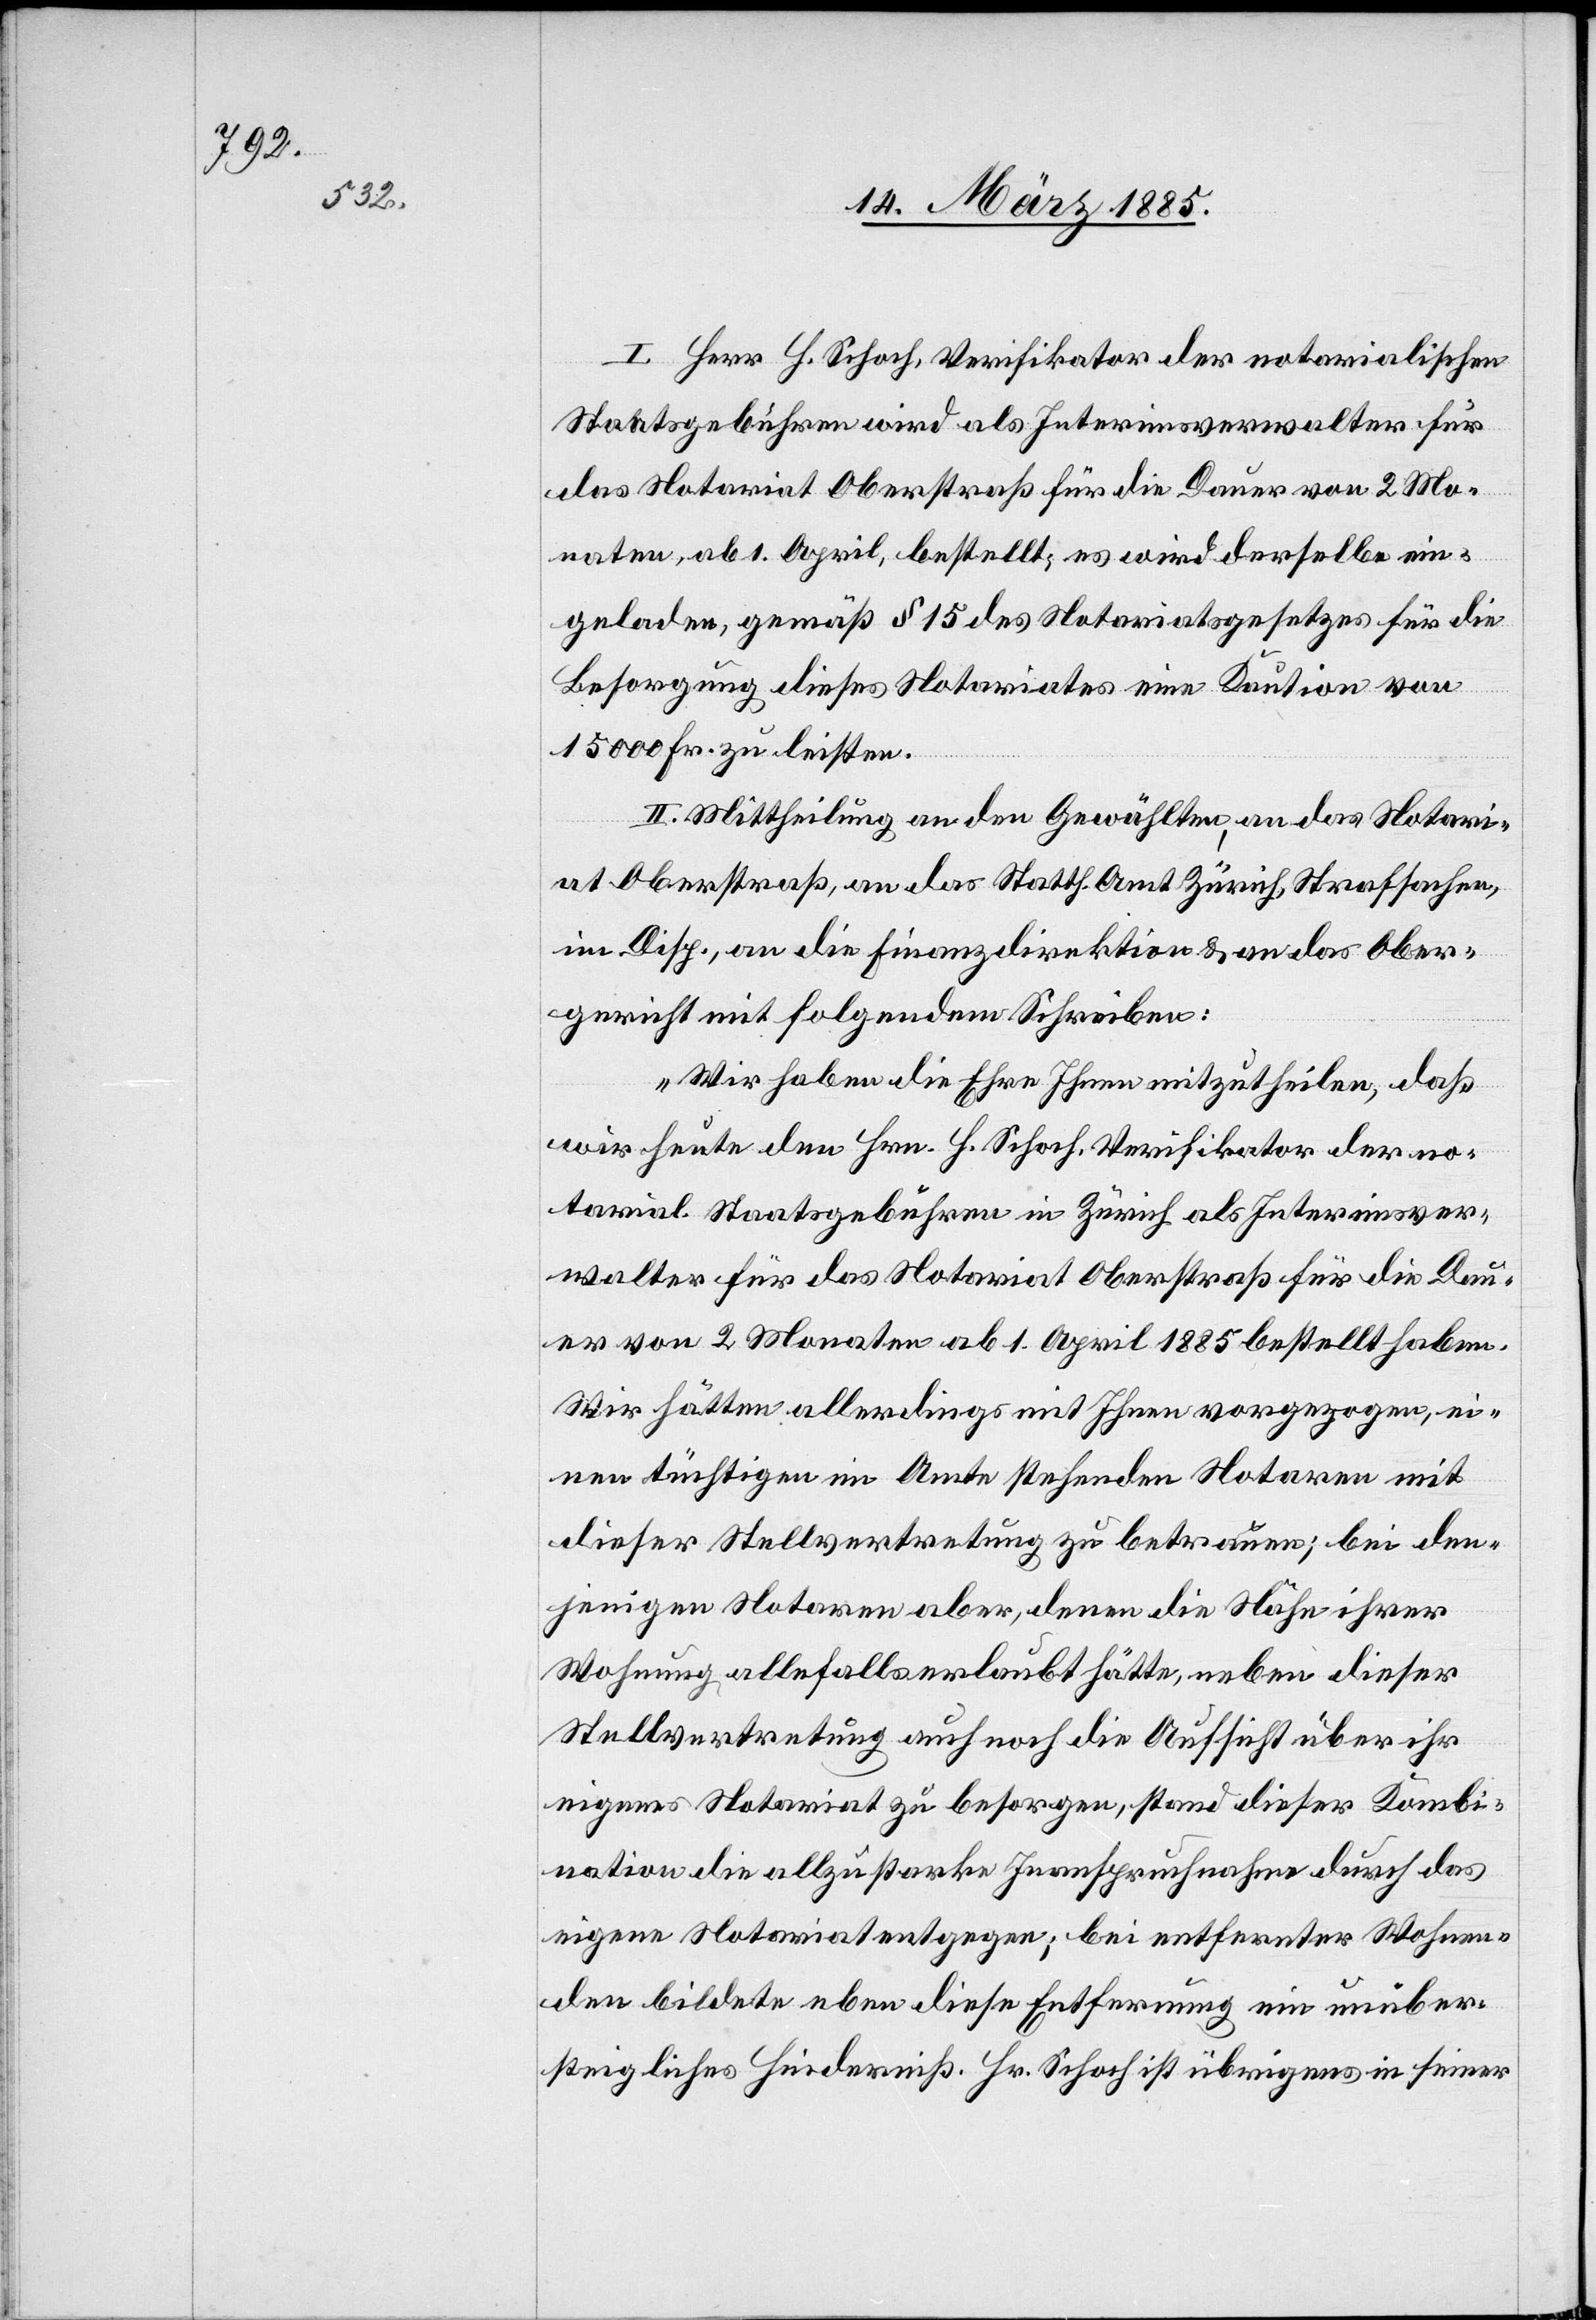
I. Herr H. Schoch, Verifikator der notarialischen
Staatsgebühren wird als Interimsverwalter für
das Notariat Oberstraß für die Dauer von 2 Mo¬
naten, ab 1. April, bestellt; es wird derselbe ein¬
geladen, gemäß § 15 des Notariatsgesetzes für die
Besorgung dieses Notariates eine Kaution von
15000 Fr. zu leisten.
II. Mittheilung an den Gewählten, an das Notari¬
at Oberstraß, an das Statth. Amt Zürich, Strafsachen,
im Disp., an die Finanzdirektion & an das Ober¬
gericht mit folgendem Schreiben:
„Wir haben die Ehre Ihnen mitzutheilen, daß
wir heute den Hrn. H. Schoch, Verifikator der no¬
tarial. Staatsgebühren in Zürich als Interimsver¬
walter für das Notariat Oberstraß für die Dau¬
er von 2 Monaten ab 1. April 1885 bestellt haben.
Wir hätten allerdings mit Ihnen vorgezogen, ei¬
nen tüchtigen im Amte stehenden Notaren mit
dieser Stellvertretung zu betreuen; bei den¬
jenigen Notaren aber, denen die Nähe ihrer
Wohnung allenfalls erlaubt hätte, neben dieser
Stellvertretung auch noch die Aussicht über ihr
eigenes Notariat zu besorgen, stand dieser Kombi¬
nation die allzu starke Inanspruchnahme durch das
eigene Notariat entgegen; bei entfernter Wohnen¬
den bildete eben diese Entfernung ein unüber¬
steigliches Hinderniß. Hr. Schoch ist übrigens in seiner